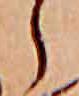
ら